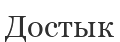
Достык